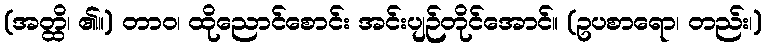
(အတ္ထိ၊ ၏။) တာဝ၊ ထိုညောင်စောင်း အင်းပျဉ်တိုင်အောင်။ (ဥပစာရော၊ တည်း၊)